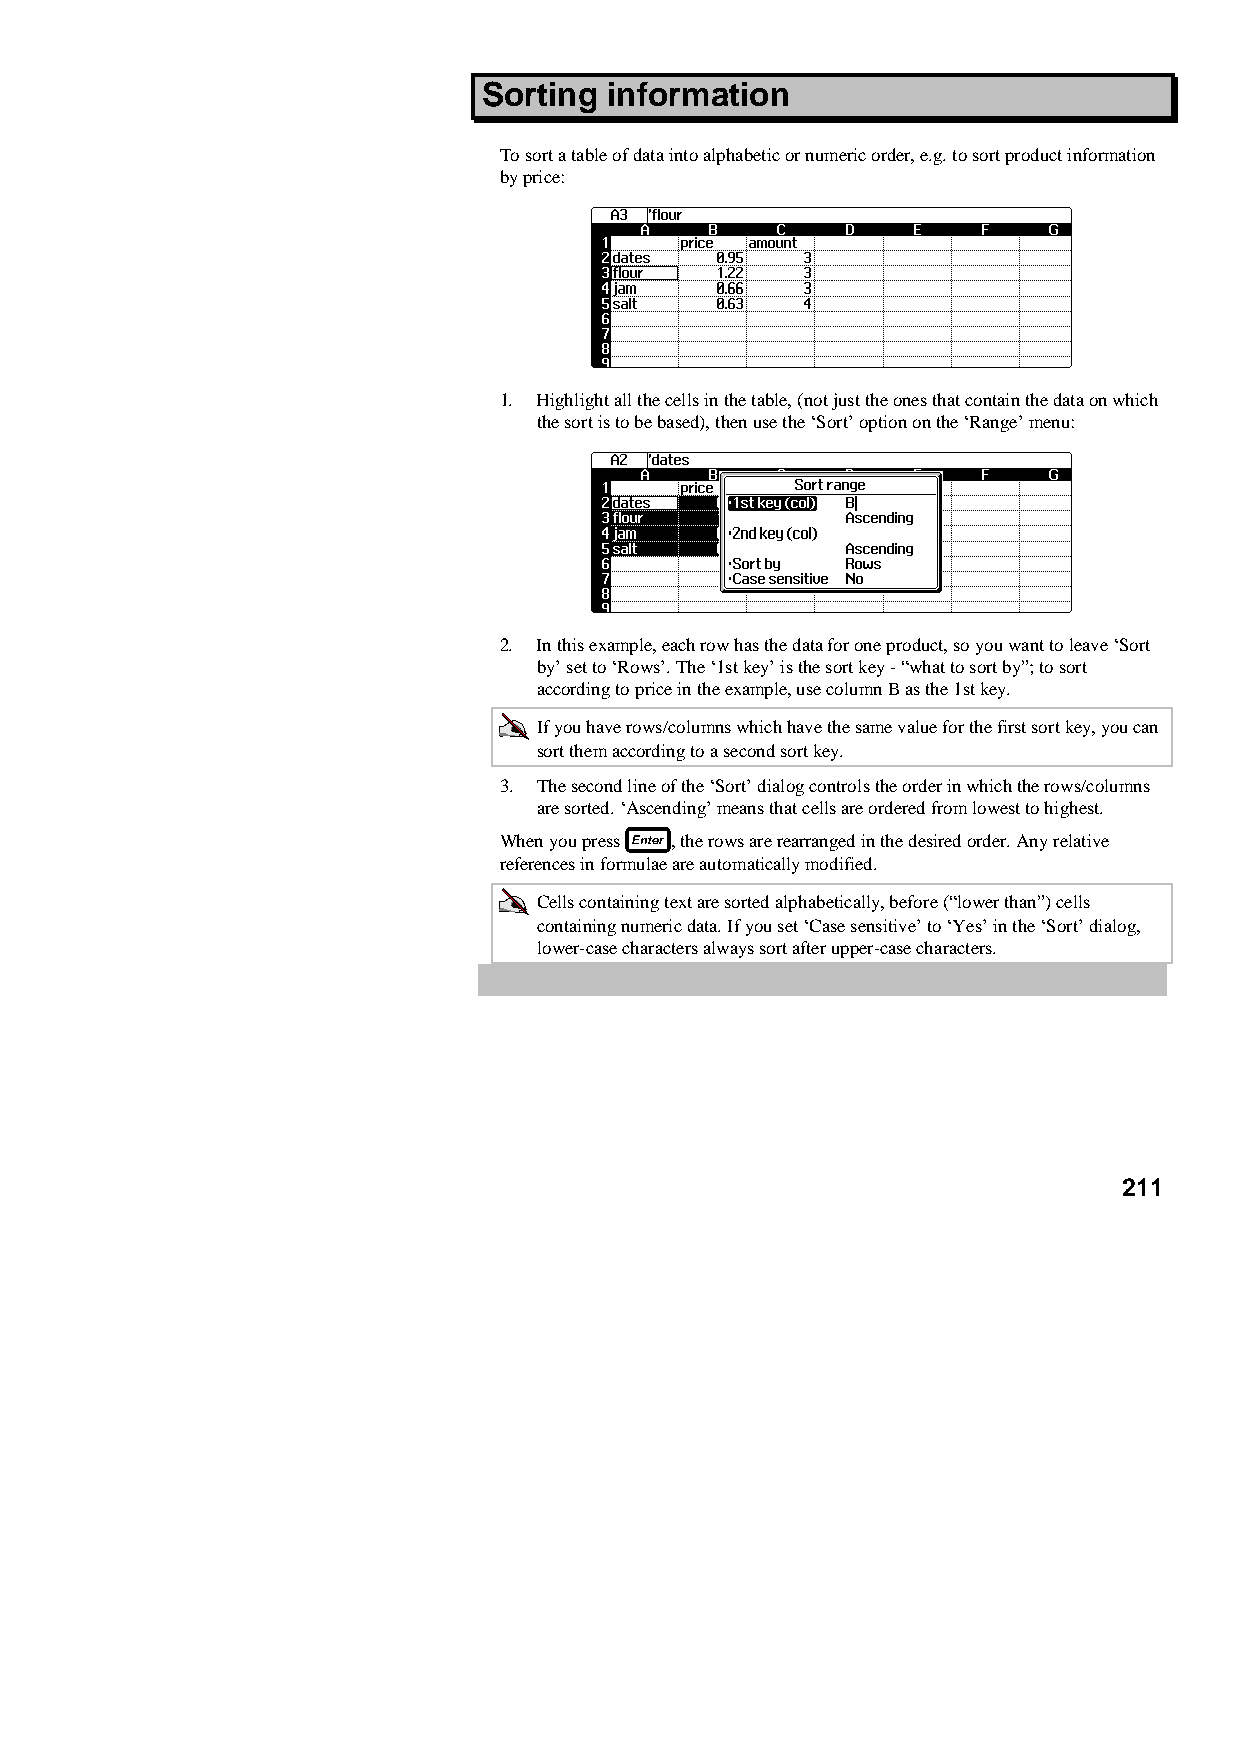
Sorting information
 To sort a table of data into alphabetic or numeric order, e.g. to sort product information
 by price:
 1. Highlight all the cells in the table, (not just the ones that contain the data on which
 the sort is to be based), then use the ‘Sort’ option on the ‘Range’ menu:
 2. In this example, each row has the data for one product, so you want to leave ‘Sort
 by’ set to ‘Rows’. The ‘1st key’ is the sort key - “what to sort by”; to sort
 according to price in the example, use column B as the 1st key.
 If you have rows/columns which have the same value for the first sort key, you can
 sort them according to a second sort key.
 3. The second line of the ‘Sort’ dialog controls the order in which the rows/columns
 are sorted. ‘Ascending’ means that cells are ordered from lowest to highest.
 When you press , the rows are rearranged in the desired order. Any relative
 references in formulae are automatically modified.
 Cells containing text are sorted alphabetically, before (“lower than”) cells
 containing numeric data. If you set ‘Case sensitive’ to ‘Yes’ in the ‘Sort’ dialog,
 lower-case characters always sort after upper-case characters.
 211